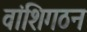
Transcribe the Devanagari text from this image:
वांशिगठन